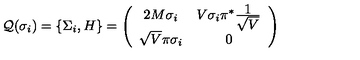
{ \cal Q } ( \sigma _ { i } ) = \{ \Sigma _ { i } , H \} = \left( \begin{array} { c c } { 2 M \sigma _ { i } } & { V \sigma _ { i } \pi ^ { * } \frac { \textstyle 1 } { \textstyle \sqrt { V } } } \\ { \sqrt { V } \pi \sigma _ { i } } & { 0 } \\ \end{array} \right)